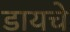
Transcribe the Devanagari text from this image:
डायचे